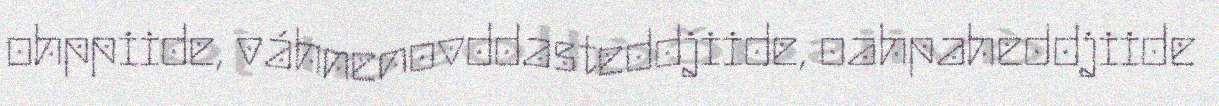
ohppiide, váhnenovddasteddjiide, oahpaheddjiide